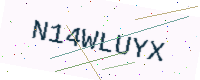
Text: N14WLUYX